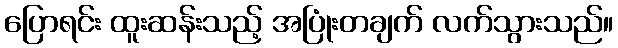
ပြောရင်း ထူးဆန်းသည့် အပြုံးတချက် လက်သွားသည်။